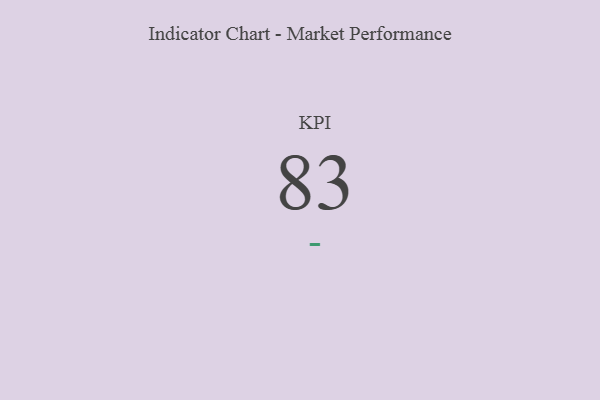
{"axis": {"x": "KPI", "y": "Value"}, "legend": [""], "data": [{"x": "KPI", "y": 83, "type": ""}]}